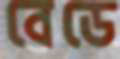
বেডে